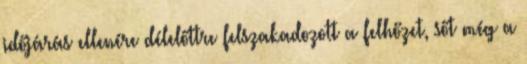
időjárás ellenére délelőttre felszakadozott a felhőzet, sőt még a